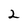
Character: 2